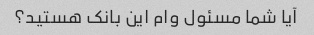
آیا شما مسئول وام این بانک هستید؟